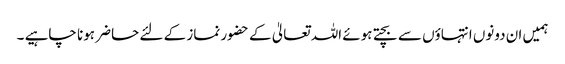
ہمیں ان دونوں انتہاؤں سے بچتے ہوئے اللہ تعالیٰ کے حضور نماز کے لئے حاضر ہونا چاہیے ۔